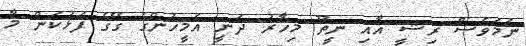
ނަމަވެސް ރިޝީ އާއި ނީތޫ މިހާރު ދަނީ އެމީހުންގެ ގޭގެ ފަޅުކަން މާ